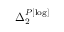
\Delta _ { 2 } ^ { P [ \log ] }